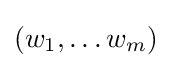
(w_{1},\dots w_{m})